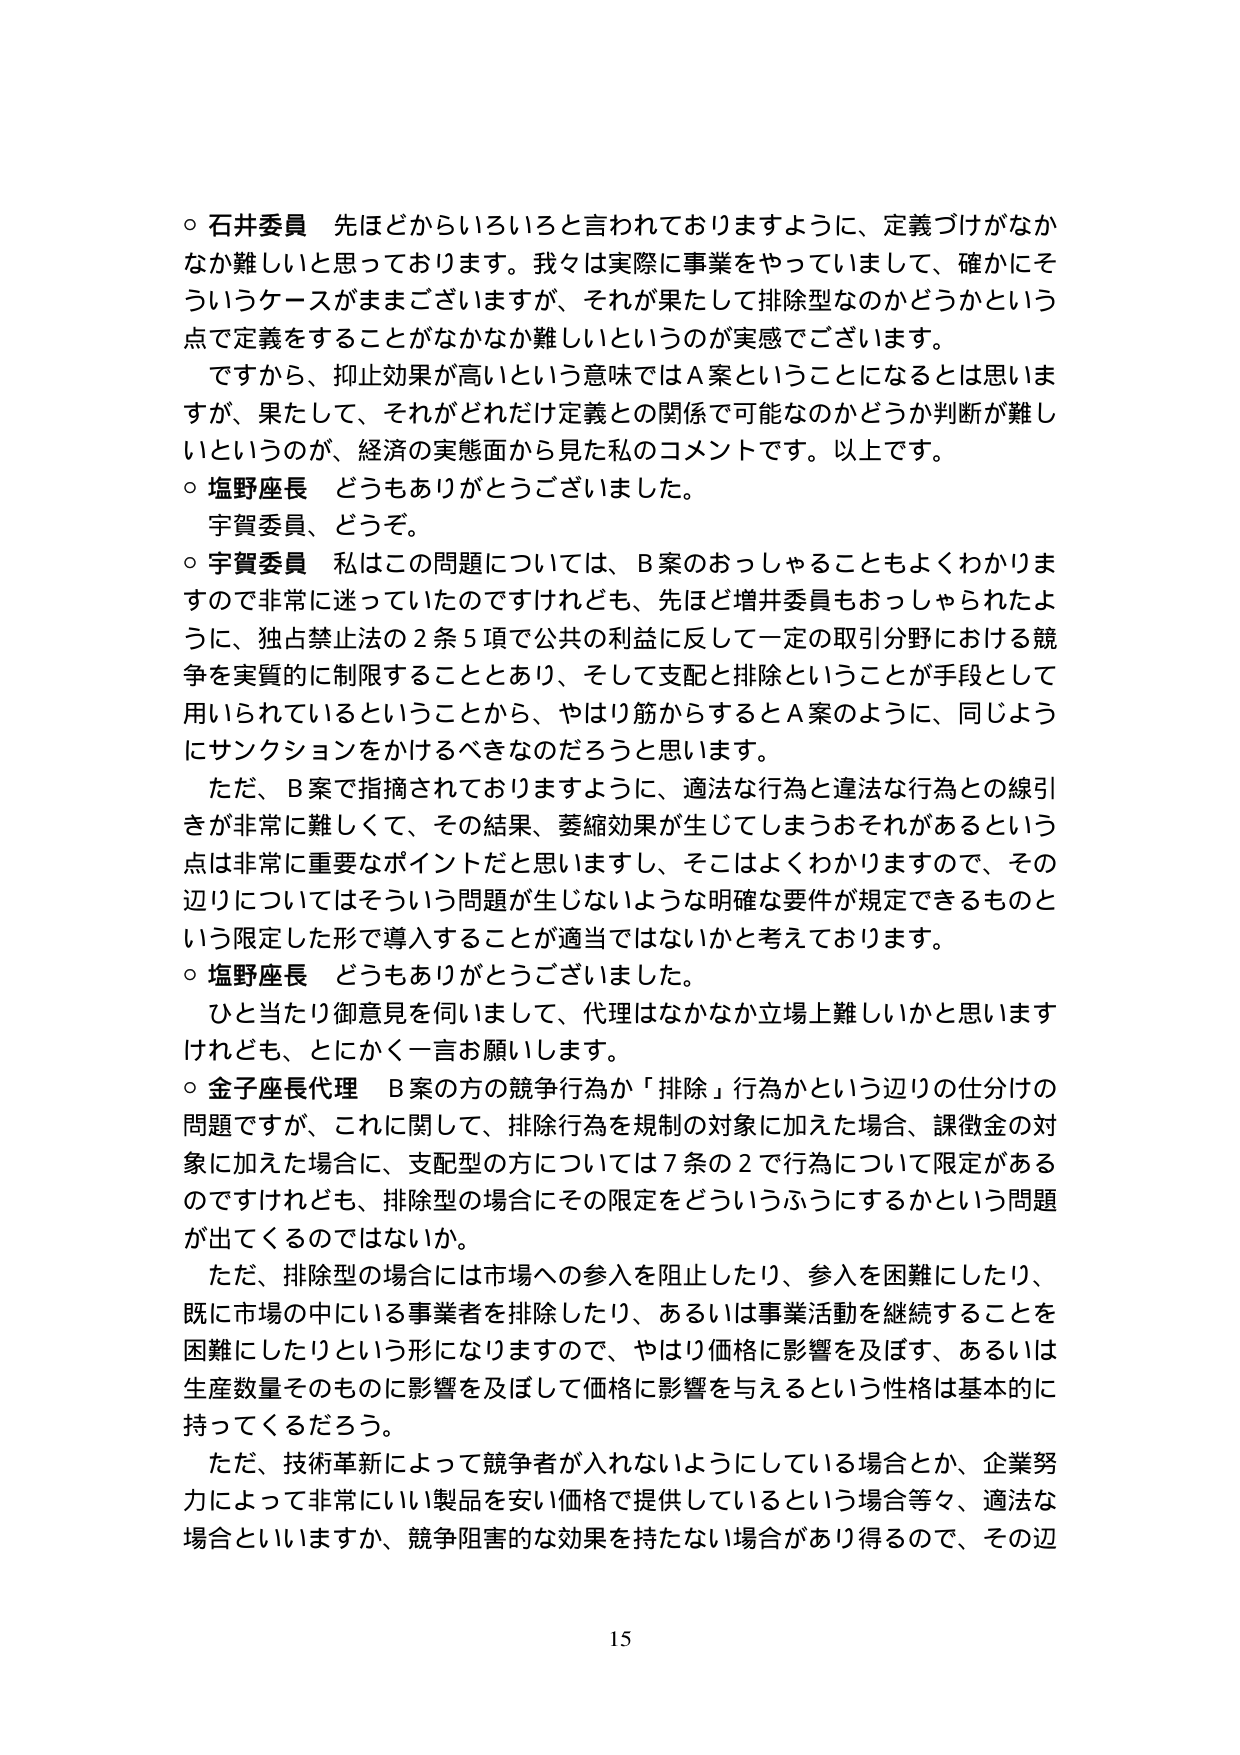
○ 石井委員 先ほどからいろいろと言われておりますように、定義づけがなかなか難しいと思っております。我々は実際に事業をやっていまして、確かにそういうケースがままございますが、それが果たして排除型なのかどうかという点で定義をすることがなかなか難しいというのが実感でございます。

ですから、抑止効果が高いという意味ではＡ案ということになるとは思いますが、果たして、それがどれだけ定義との関係で可能なのかどうか判断が難しいというのが、経済の実態面から見た私のコメントです。以上です。

○ 塩野座長 どうもありがとうございました。

宇賀委員、どうぞ。

○ 宇賀委員 私はこの問題については、Ｂ案のおっしゃることもよくわかりますので非常に迷っていたのですけれども、先ほど増井委員もおっしゃられたように、独占禁止法の２条５項で公共の利益に反して一定の取引分野における競争を実質的に制限することとあり、そして支配と排除ということが手段として用いられているということから、やはり筋からするとＡ案のように、同じようにサンクションをかけるべきなのだろうと思います。

ただ、Ｂ案で指摘されておりますように、適法な行為と違法な行為との線引きが非常に難しくて、その結果、萎縮効果が生じてしまうおそれがあるという点は非常に重要なポイントだと思いますし、そこはよくわかりますので、その辺りについてはそういう問題が生じないような明確な要件が規定できるものという限定した形で導入することが適当ではないかと考えております。

○ 塩野座長 どうもありがとうございました。

ひと当たり御意見を伺いまして、代理はなかなか立場上難しいかと思いますけれども、とにかく一言お願いします。

○ 金子座長代理 Ｂ案の方の競争行為が「排除」行為かという辺りの仕分けの問題ですが、これに関して、排除行為を規制の対象に加えた場合、課徴金の対象に加えた場合に、支配型の方については７条の２で行為について限定があるのですけれども、排除型の場合にその限定をどういうふうにするかという問題が出てくるのではないでしょうか。

ただ、排除型の場合には市場への参入を阻止したり、参入を困難にしたり、既に市場の中にいる事業者を排除したり、あるいは事業活動を継続することを困難にしたりという形になりますので、やはり価格に影響を及ぼす、あるいは生産数量そのものに影響を及ぼして価格に影響を与えるという性格は基本的に持ってくるだろう。

ただ、技術革新によって競争者が入れないようにしている場合とか、企業努力によって非常にいい製品を安い価格で提供しているという場合等々、適法な場合といいますか、競争阻害的な効果を持たない場合があり得るので、その辺

15